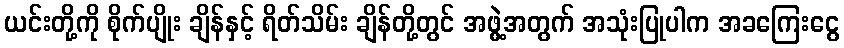
ယင်းတို့ကို စိုက်ပျိုး ချိန်နှင့် ရိတ်သိမ်း ချိန်တို့တွင် အဖွဲ့အတွက် အသုံးပြုပါက အခကြေးငွေ